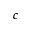
c